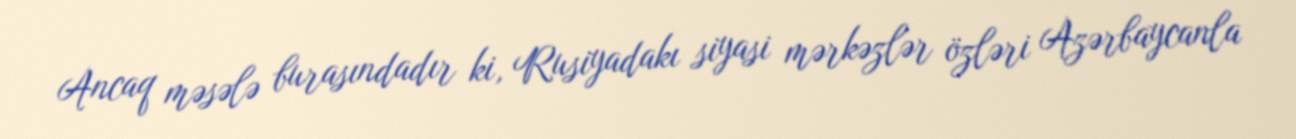
Ancaq məsələ burasındadır ki, Rusiyadakı siyasi mərkəzlər özləri Azərbaycanla